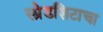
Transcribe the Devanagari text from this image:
स्प्रेडशिटाचा